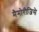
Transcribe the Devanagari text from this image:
मैमोरीजिसे